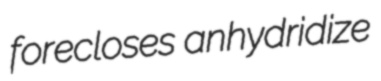
forecloses anhydridize